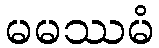
မမဿမံ